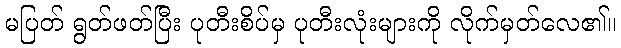
မပြတ် ရွတ်ဖတ်ပြီး ပုတီးစိပ်မှ ပုတီးလုံးများကို လိုက်မှတ်လေ၏။